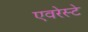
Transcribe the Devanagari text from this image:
एवरेस्‍टे